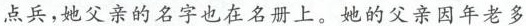
点兵，她父亲的名字也在名册上。她的父亲因年老多